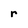
Character: r